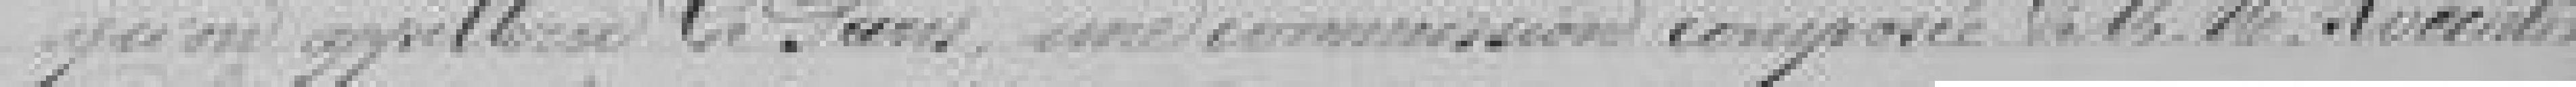
qu'on appellera de Paris, une commission composée de Monsieur KOECKLIN